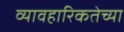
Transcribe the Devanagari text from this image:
व्यावहारिकतेच्या